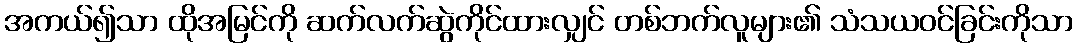
အကယ်၍သာ ထိုအမြင်ကို ဆက်လက်ဆွဲကိုင်ထားလျှင် တစ်ဘက်လူများ၏ သံသယဝင်ခြင်းကိုသာ